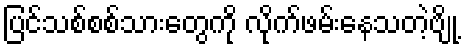
ပြင်သစ်စစ်သားတွေကို လိုက်ဖမ်းနေသတဲ့ဗျို့